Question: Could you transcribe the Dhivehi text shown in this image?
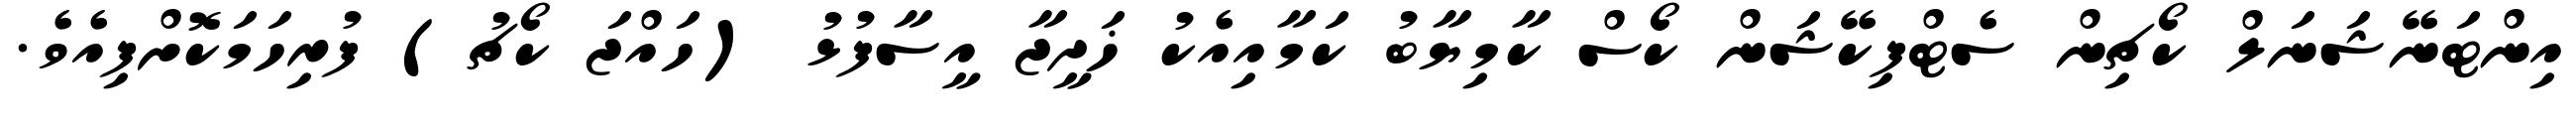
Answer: އިންޓަނޭޝަނަލް ކޯޗިން ސެޓްފިކޭޝަން ކޯސް ކާމިޔާބު ކަމާއިއެކު ޚަދީޖާ އީސާފުޅު (ހައްޖަ ކޯޗު) ފުރިހަމަކޮށްފިއެވެ.